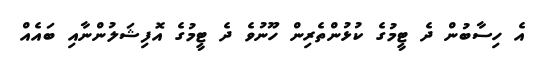
އެ ހިސާބުން ދެ ޓީމުގެ ކުޅުންތެރިން ހޫނުވެ ދެ ޓީމުގެ އޮފިޝަލުންނާއި ބައެއް